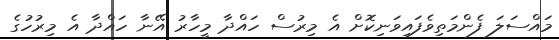
މައްސަލަ ފެންމަތިވެފައިވަނިކޮށް އެ މިރުސް ހައްދާ މީހާރު އޭނާ ހައްދާ އެ މިރުހުގެ